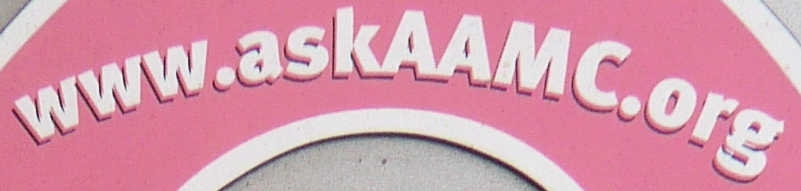
www.askAAMC.org